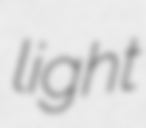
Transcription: light